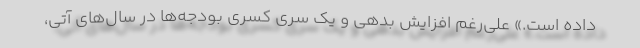
داده است.» علی‌رغم افزایش بدهی و یک سری کسری بودجه‌ها در سال‌های آتی،